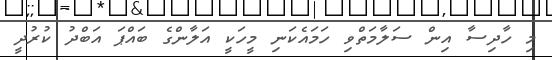
މި ހާދިސާ އިން ސަލާމަތްވި ހަމައެކަނި މީހަކީ އަލާންގެ ބައްޕަ އަބްދު ކުރުދީ